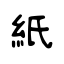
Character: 紙